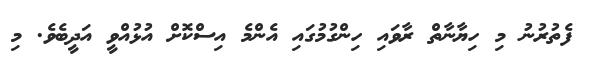
ފެތުރުނު މި ހިޔާނާތް ރާވައި ހިންގުމުގައި އެންމެ އިސްކޮށް އުޅުއްވީ އަދީބެވެ. މި